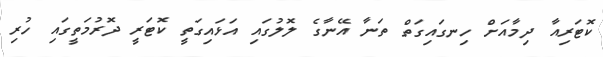
ކޮޓަރިއާ ދިމާއަށް ހިނގައިގަތް ތަނާ އޭނާގެ ލޮލުގައި އަޅައިގަތީ ކޮޓަރީ ދޮރުމަތީގައި ހުރި